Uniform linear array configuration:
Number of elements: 12
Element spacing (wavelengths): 0.75
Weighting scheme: cosine
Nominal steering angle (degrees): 0
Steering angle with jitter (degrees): -1.025
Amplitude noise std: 0.05
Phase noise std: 0.05

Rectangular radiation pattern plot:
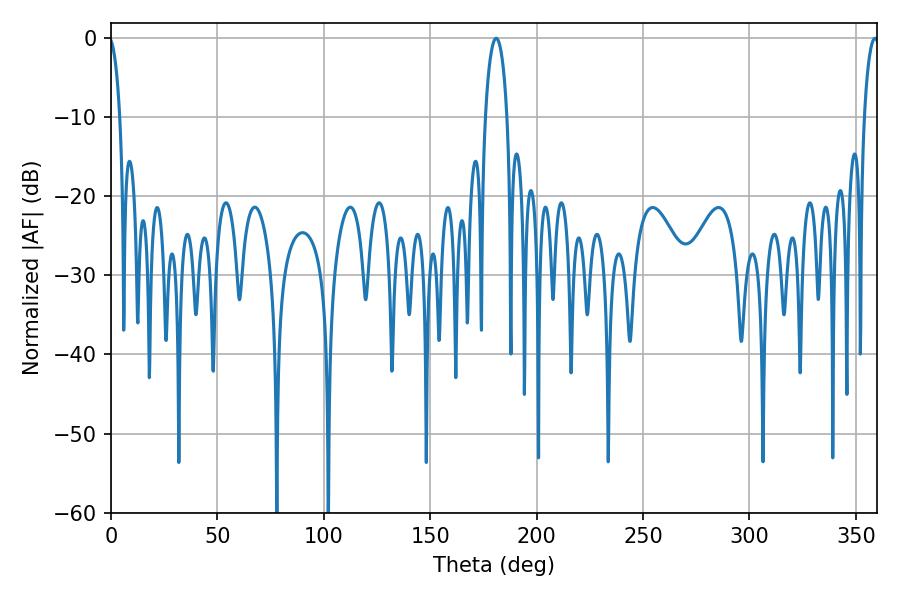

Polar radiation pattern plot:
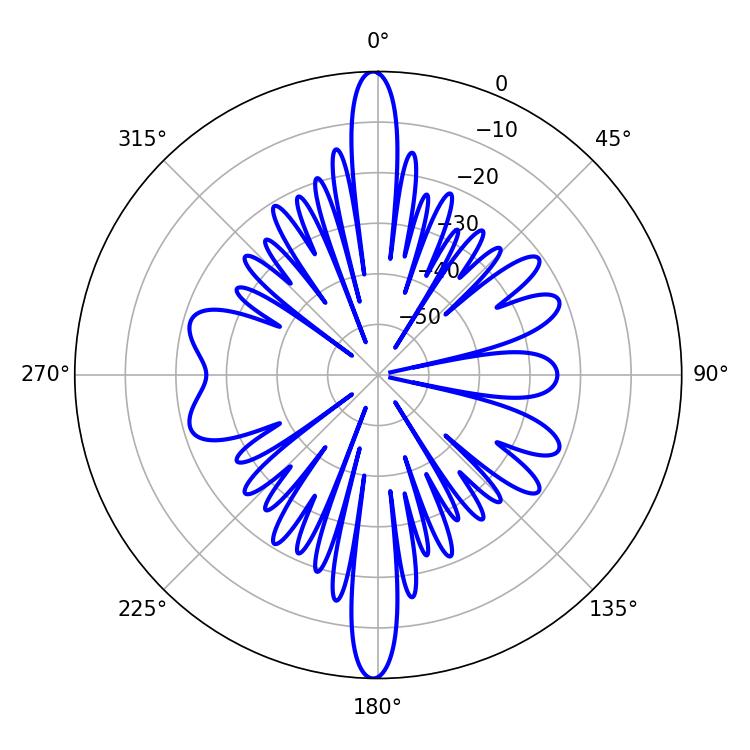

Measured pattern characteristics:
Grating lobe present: TRUE
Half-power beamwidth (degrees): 5.94
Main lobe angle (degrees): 180.9